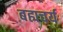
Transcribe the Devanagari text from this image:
बह्यचर्य